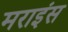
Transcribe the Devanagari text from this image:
मराइंस